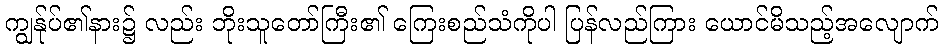
ကျွန်ုပ်၏နား၌ လည်း ဘိုးသူတော်ကြီး၏ ကြေးစည်သံကိုပါ ပြန်လည်ကြား ယောင်မိသည့်အလျောက်